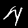
Label: 4